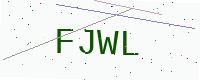
Text: FJWL